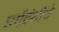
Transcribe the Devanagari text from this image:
घर्मग्रंथींचे